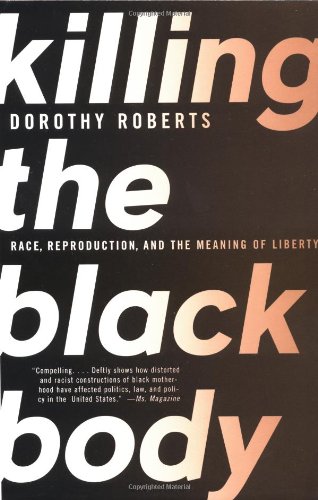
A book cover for Killing the Black Body: Race, Reproduction, and the Meaning of Liberty; Dorothy Roberts; Politics & Social Sciences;